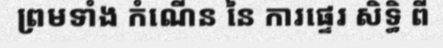
ព្រមទាំង កំណើន នៃ ការផ្ទេរ សិទ្ធិ ពី